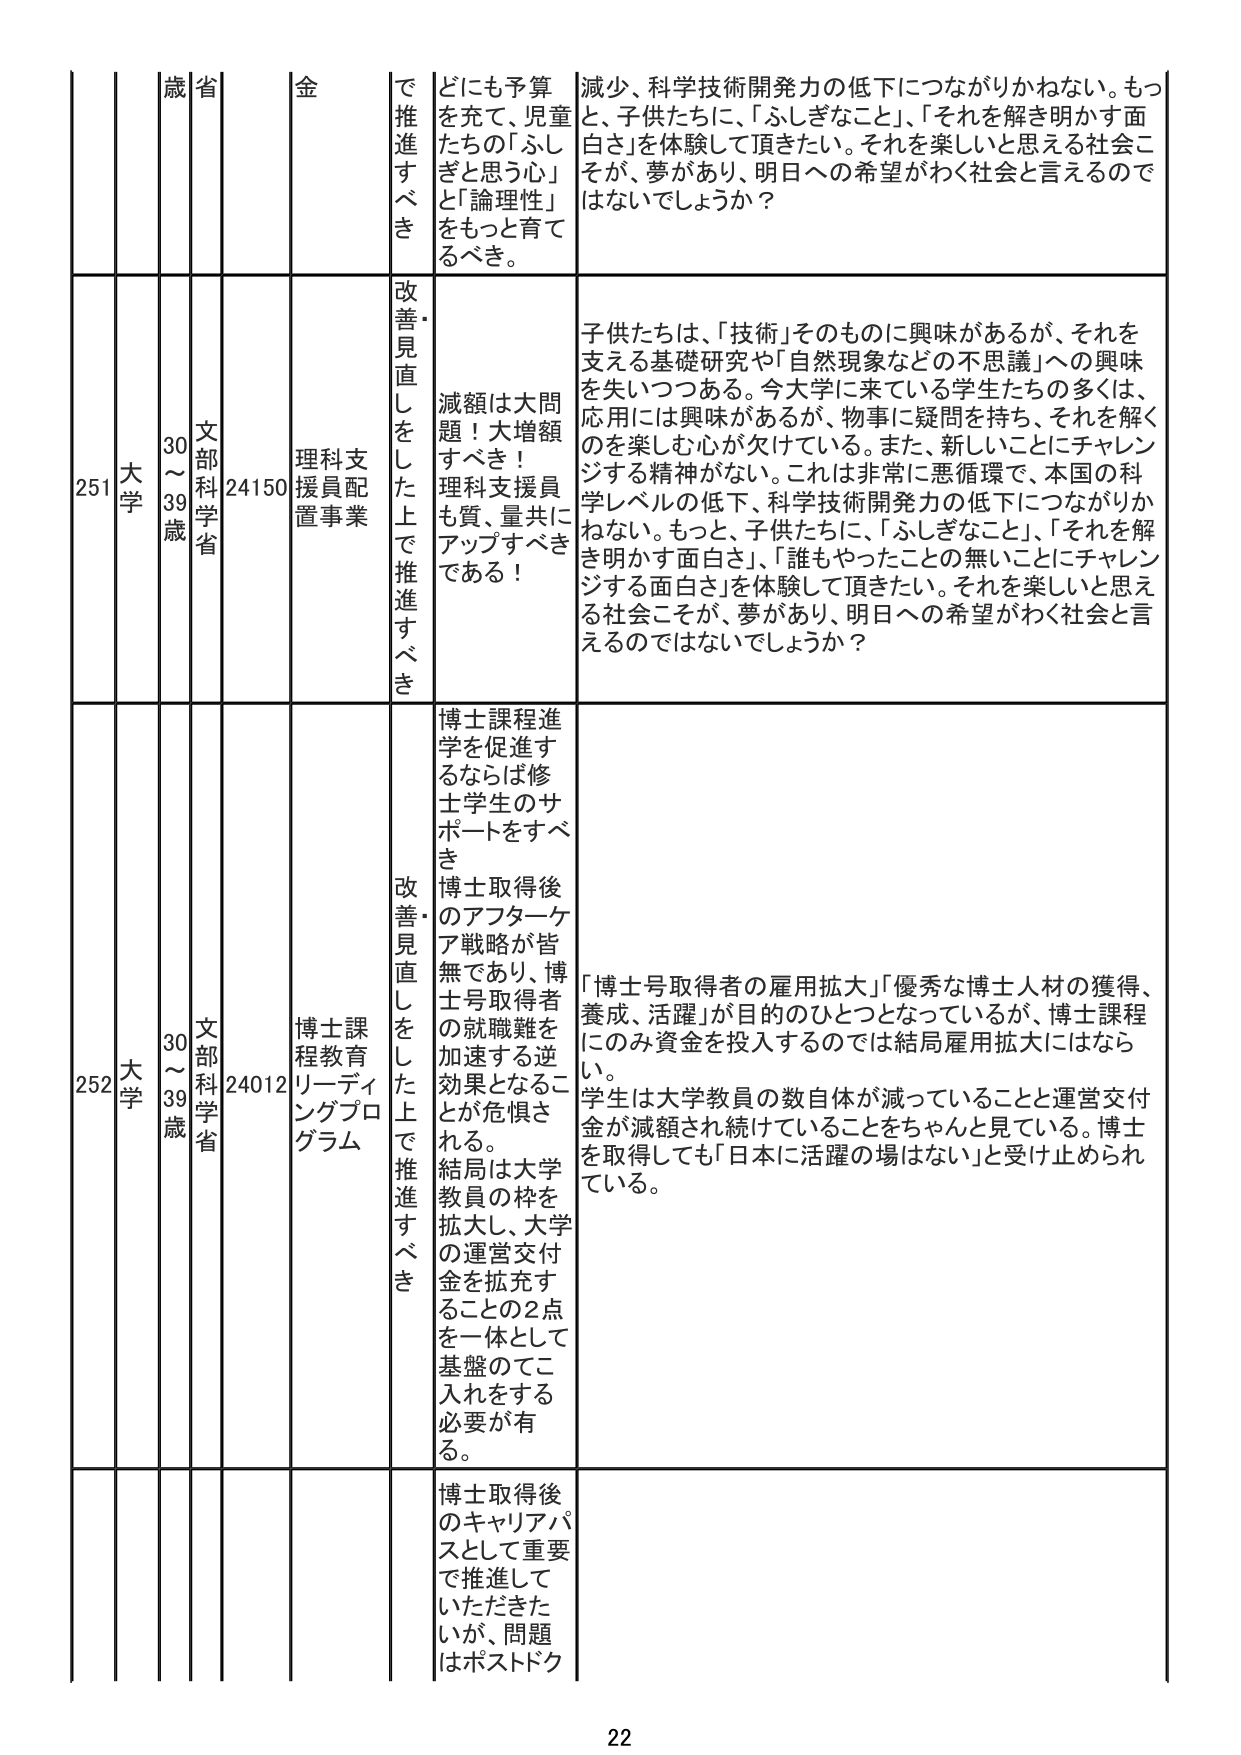
251 大学 30～39歳 文部科学省 24150 理科支援員配置事業 改善・見直しをした上で推進すべき どにも予算を充て、児童たちの「ふしぎと思う心」と「論理性」をもっと育てるべき。 減少、科学技術開発力の低下につながりかねない。もっと、子供たちに、「ふしぎなこと」、「それを解き明かす面白さ」を体験して頂きたい。それを楽しいと思える社会こそが、夢があり、明日への希望がわく社会と言えるのではないでしょうか？

子供たちは、「技術」そのものに興味があるが、それを支える基礎研究や「自然現象などの不思議」への興味を失いつつある。今大学に来ている学生たちの多くは、応用には興味があるが、物事に疑問を持ち、それを解くのを楽しむ心が欠けている。また、新しいことにチャレンジする精神がない。これは非常に悪循環で、本国の科学レベルの低下、科学技術開発力の低下につながりかねない。もっと、子供たちに、「ふしぎなこと」、「それを解き明かす面白さ」、「誰もやったことの無いことにチャレンジする面白さ」を体験して頂きたい。それを楽しいと思える社会こそが、夢があり、明日への希望がわく社会と言えるのではないでしょうか？

252 大学 30～39歳 文部科学省 24012 博士課程教育リーディングプログラム 改善・見直しをした上で推進すべき 博士課程進学を促進するならば修士学生のサポートをすべき。博士取得後のアフターケア戦略が皆無であり、博士号取得者の就職難を加速する逆効果となることが危惧される。結局は大学教員の枠を拡大し、大学の運営交付金を拡充することの2点を一体として基盤のてこ入れをする必要がある。 「博士号取得者の雇用拡大」「優秀な博士人材の獲得、養成、活躍」が目的のひとつとなっているが、博士課程にのみ資金を投入するのでは結局雇用拡大にはならない。学生は大学教員の数自体が減っていることと運営交付金が減額され続けていることをちゃんと見ている。博士を取得しても「日本に活躍の場はない」と受け止められている。

博士取得後のキャリアパスとして重要で推進していただきたいが、問題はポストドク

22